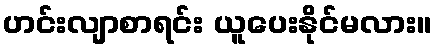
ဟင်းလျာစာရင်း ယူပေးနိုင်မလား။